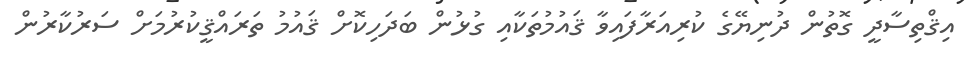
އިޤްތިސާދީ ގޮތުން ދުނިޔޭގެ ކުރިއަރާފައިވާ ޤައުމުތަކާއި ގުޅުން ބަދަހިކޮށް ޤައުމު ތަރައްޤީކުރުމަށް ސަރުކާރުން